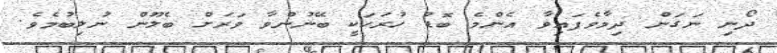
ދޯނި ނަގަން ދިމާވެފައިވާ އެންމެ ބޮޑު ހުރަހަކީ ބޭނުންވާ ވަރަށް ބެލޫން ނުލިބުމެވެ.